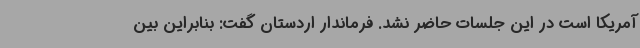
آمریکا است در این جلسات حاضر نشد. فرماندار اردستان گفت: بنابراین بین